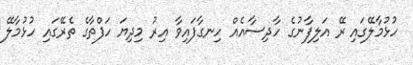
ހުޅުމާލޭގައި ރޭ އަލިފާނުގެ ހާދިސާއެއް ހިނގާފައިވާ އިރު މިދިޔަ ހަފްތާގެ ތެރޭގައި ހުޅުމާލޭ